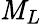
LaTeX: \mathit{M}_{L}